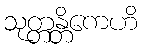
သုတ္တန္တိကေဟိ